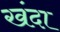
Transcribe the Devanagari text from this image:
खंदा